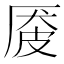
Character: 𪠏